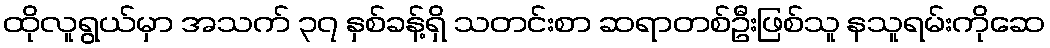
ထိုလူရွယ်မှာ အသက် ၃၇ နှစ်ခန့်ရှိ သတင်းစာ ဆရာတစ်ဦးဖြစ်သူ နသူရမ်းကိုဆေ